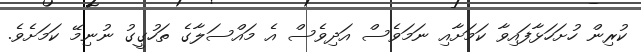
ކުރިން ހުށަހަޅާފައިވާ ކަމަށާއި ނަމަވެސް އަދިވެސް އެ މައްސަލާގެ ތަހުގީގު ނުނިމޭ ކަމަށެވެ.